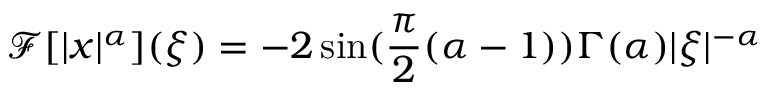
\mathcal { F } [ | x | ^ { \alpha } ] ( \xi ) = - 2 \sin ( \frac { \pi } { 2 } ( \alpha - 1 ) ) \Gamma ( \alpha ) | \xi | ^ { - \alpha }